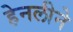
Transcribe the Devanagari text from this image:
हेनलीने